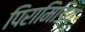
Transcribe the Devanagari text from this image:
पिरामिडिय